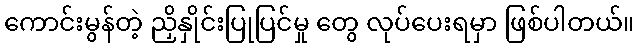
ကောင်းမွန်တဲ့ ညှိနှိုင်းပြုပြင်မှု တွေ လုပ်ပေးရမှာ ဖြစ်ပါတယ်။